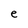
Character: e